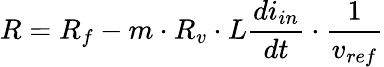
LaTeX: R=R_{f}-m\cdot R_{v}\cdot L\frac{di_{in}}{dt}\cdot\frac{1}{v_{ref}}